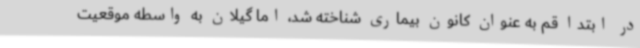
در ابتدا قم به عنوان کانون بیماری شناخته شد، اما گیلان به واسطه موقعیت